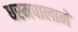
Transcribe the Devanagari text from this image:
धरमपालाने